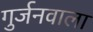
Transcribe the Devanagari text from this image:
गुर्जनवाला